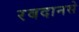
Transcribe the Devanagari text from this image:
रबदानसे